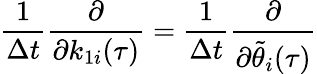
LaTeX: \frac{1}{\Delta t}\frac{\partial}{\partial k_{1i}(\tau)}=\frac{1}{\Delta t}\frac{\partial}{\partial\tilde{\theta}_{i}(\tau)}